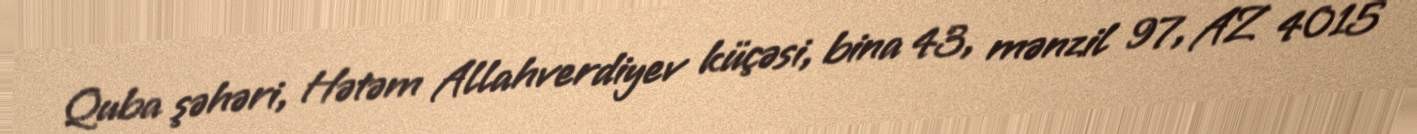
Quba şəhəri, Hətəm Allahverdiyev küçəsi, bina 43, mənzil 97, AZ 4015